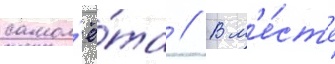
самол'ё́та // В м'е́ст'е